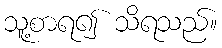
သူ့စာရ၍ သိရသည်။